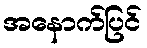
အနောက်ပြင်